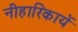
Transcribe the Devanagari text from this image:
नीहारिकायें